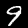
Digit: 9